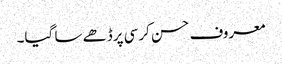
معروف حسن کرسی پرڈھے سا گیا۔